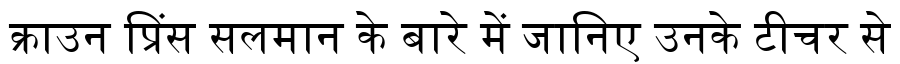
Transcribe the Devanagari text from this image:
क्राउन प्रिंस सलमान के बारे में जानिए उनके टीचर से